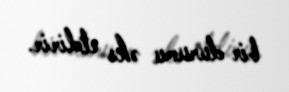
bir durumu əks etdirir.